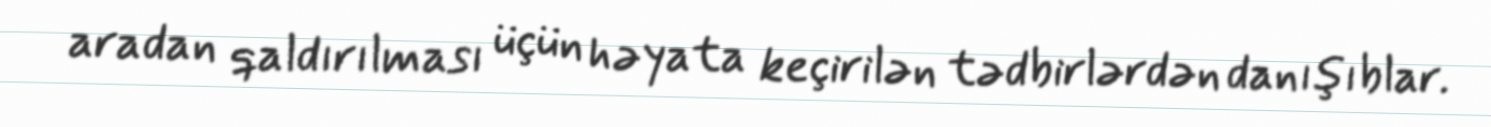
aradan qaldırılması üçün həyata keçirilən tədbirlərdən danışıblar.